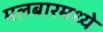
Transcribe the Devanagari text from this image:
मलबारमध्ये